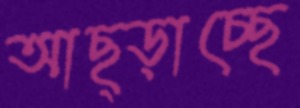
আছ্‌ড়াচ্ছে